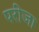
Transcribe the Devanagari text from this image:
परींजा